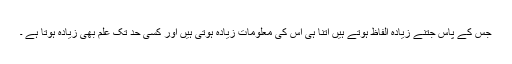
جس کے پاس جتنے زیادہ الفاظ ہوتے ہیں اتنا ہی اس کی معلومات زیادہ ہوتی ہیں اور کسی حد تک علم بھی زیادہ ہوتا ہے ۔